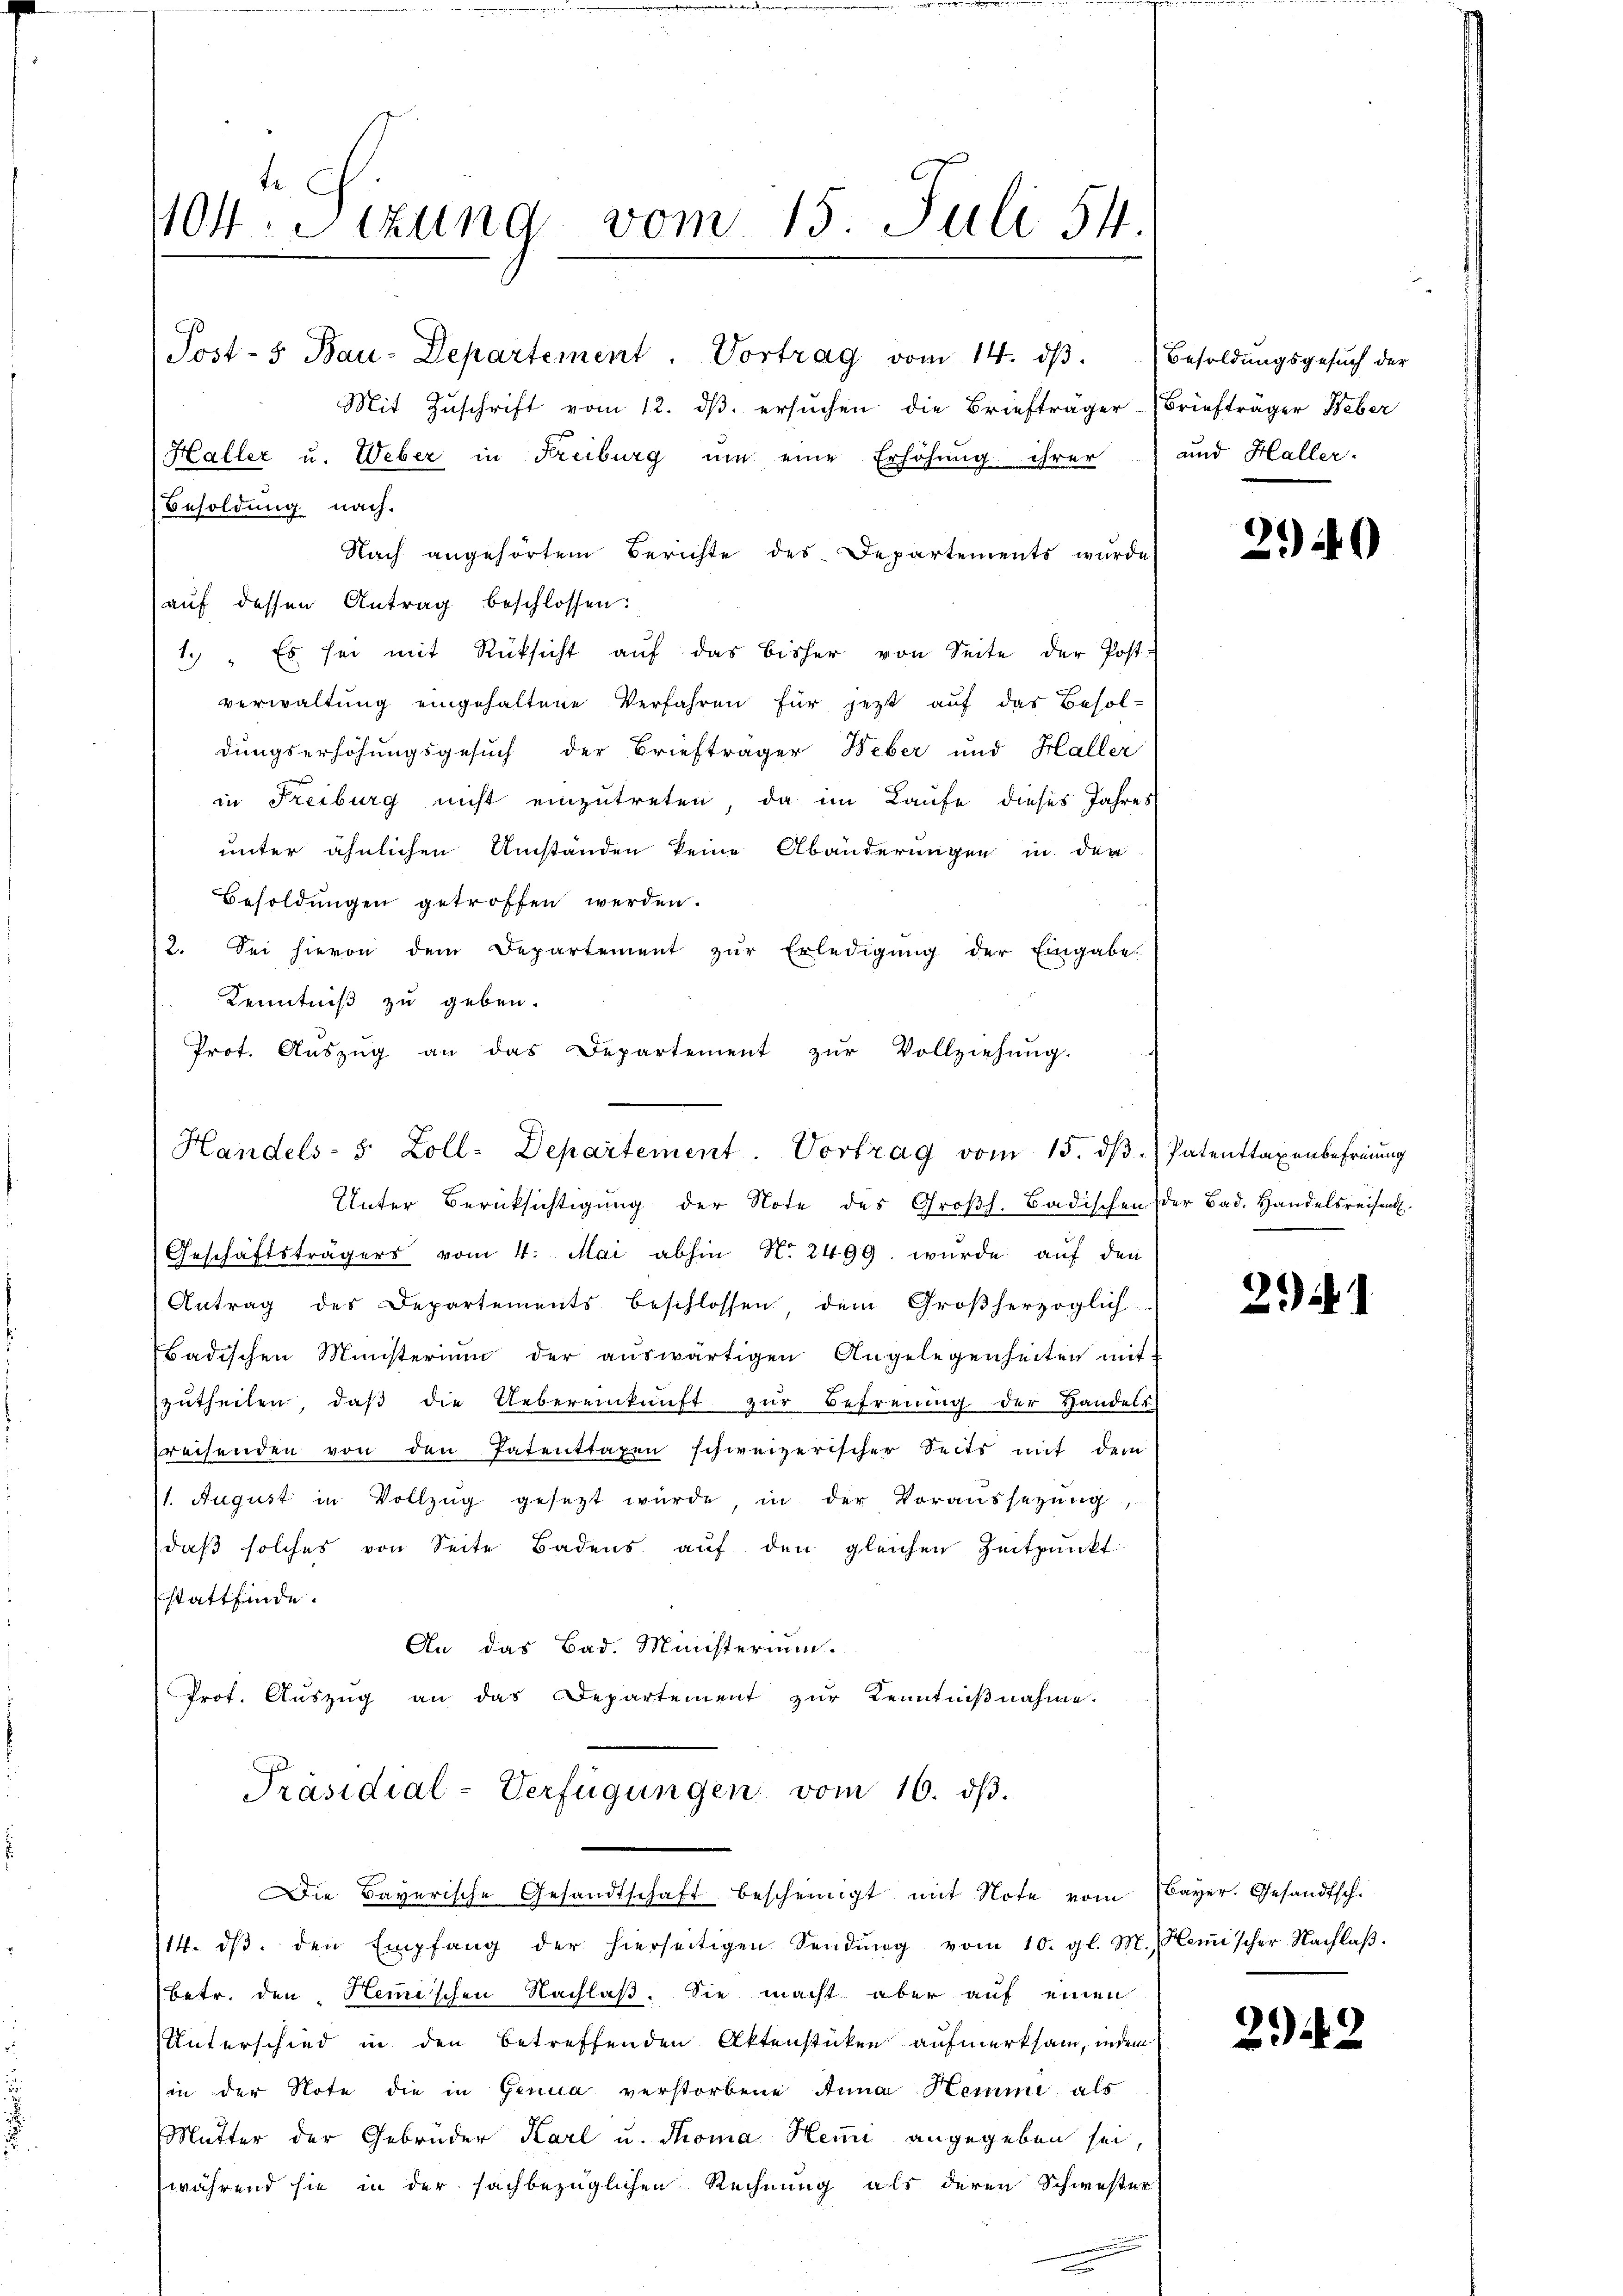
404. Sizung vom 15. Juli 54
Post-5 Bau-Departement. Vortrag vom 14. dβ. Besoldŭngsgesŭch der

Mit Zuschrift vom 12. ds. ersuchen die Briefträger Briefträger Weber
Haller u. Weber in Freiburg ŭm eine Erhöhŭng ihrer
Besoldung nach.
Nach angehörtem Berichte des Departements wurde
auf dessen Antrag beschlossen:
1 " Es sei mit Rücksicht auf das bisher von Seite der Post-
verwaltung eingehaltene Verfahren für jetzt auf das Besoldungserhöhungsgesuch der Briefträger Weber und Haller
in Freiburg nicht einzutreten, da im Laufe dieses Jahres
unter ähnlichen Umständen keine Abänderungen in der
Besoldungen getroffen werden.
2. Sei hievon dem Departement zŭr Erledigung der Eingabe
Kenntniß zu geben.
Geschäftsträgers vom 4. Mai abhin No 2499. wurde auf den
Antrag des Departements beschlossen dem Großherzoglich
Badischen Ministerium der auswärtigen Angelegenheiten mit
zŭtheilen, daβ die Uebereinkunft zŭr Befreiung der Handels
reisenden von den Patenttaxen schweizerischer Seits mit dem
(1. August in Vollzŭg gesetzt würde, in der Voraussezung
daß solches von Seite Badens auf den gleichen Zeitpunkt
stattfinde.
An das Bad. Ministerium.
Prot. Auszug an das Departement zur Kenntnißnahme.
Präsidial-Verfügungen vom 16. ds.
Die Bayerische Gesandtschaft bescheinigt mit Note vom
14. dβ. den Empfang der hierseitigen Sendŭng vom 10. gl. M. Hemischer Nachlaβ.
Betr. den Hemischen Nachlaß. Sie macht aber auf einen
Unterschied in den betreffenden Aktenstücken aufmerksam, indem
in der Note die in Genua verstorbene Anna Hemme als
Mutter der Gebrüder Karl u. Thoma Hemi angegeben sei,
während sie in der sachbezüglichen Rechnung als deren Schwester

Prot. Aŭszŭg an das Departement zŭr Vollziehŭng.
Handels- 8 Zoll-Departement. Vortrag vom 15. dβ.
Unter Berüksichtigung der Note des Großh. Badischen

und Haller.

2940

Patenttaxenbefreiung
der Bad. Handelsreisen.

21).

Bayer. Gesandtsch.

22